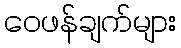
ဝေဖန်ချက်များ